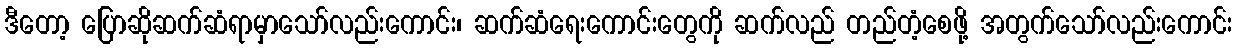
ဒီတော့ ပြောဆိုဆက်ဆံရာမှာသော်လည်းကောင်း၊ ဆက်ဆံရေးကောင်းတွေကို ဆက်လည် တည်တံ့စေဖို့ အတွက်သော်လည်းကောင်း